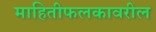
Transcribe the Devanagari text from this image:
माहितीफलकावरील